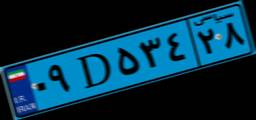
۰۹D۵۳۴۲۸